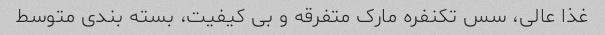
غذا عالى، سس تکنفره مارک متفرقه و بى کیفیت، بسته بندى متوسط